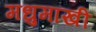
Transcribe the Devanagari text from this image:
मधुमाखी